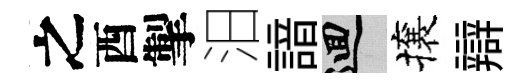
之酉掣汨諳回攘辯